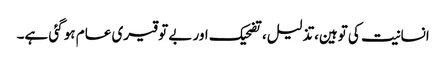
انسانیت کی توہین،تذلیل، تضحیک اور بے توقیری عام ہو گئی ہے۔